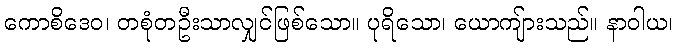
ကောစိဒေဝ၊ တစုံတဦးသာလျှင်ဖြစ်သော။ ပုရိသော၊ ယောကျ်ားသည်။ နာဝါယ၊